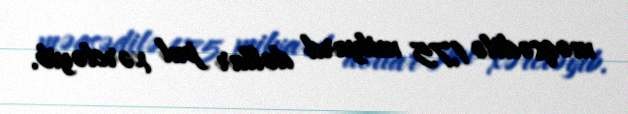
məqsədilə 1,75 milyard dollar pul xərcləyib.